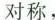
对称，